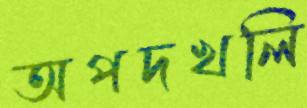
অপদখলি